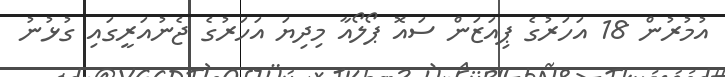
އުމުރުން 18 އަހަރުގެ ޕިއަޒަން ސައޮ ޕޯލޯއާ މިދިޔަ އަހަރުގެ ޖެނުއަރީގައި ގުޅުނު